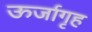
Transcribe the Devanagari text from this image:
ऊर्जागृह